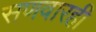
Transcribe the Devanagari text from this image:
सणवारही